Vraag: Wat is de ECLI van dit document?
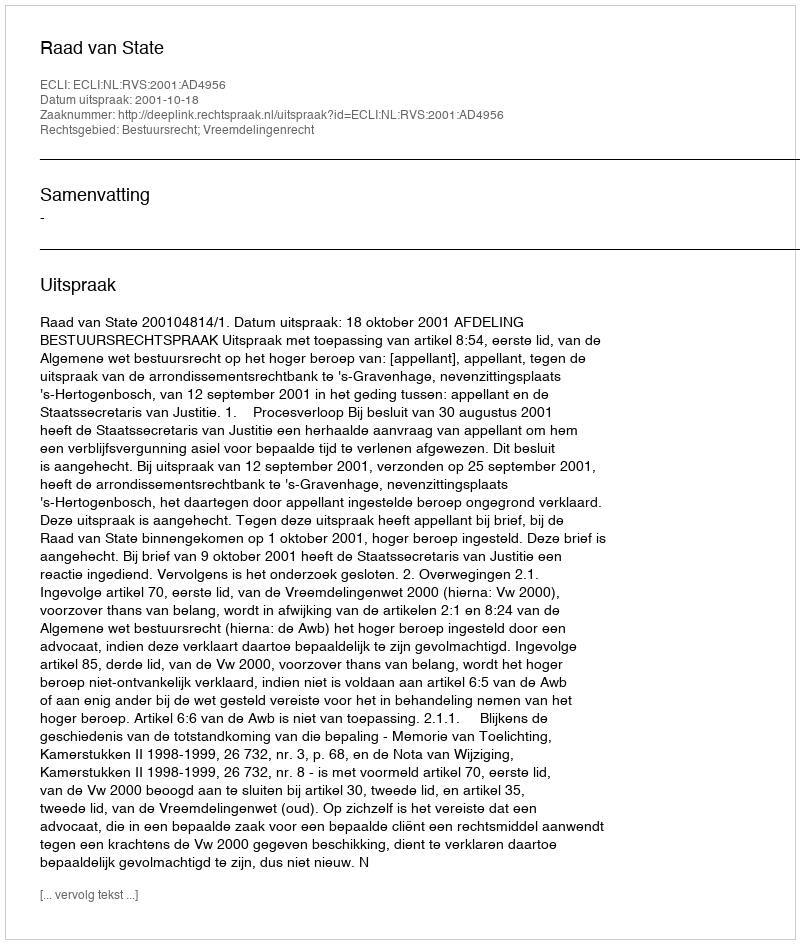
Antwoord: ECLI:NL:RVS:2001:AD4956